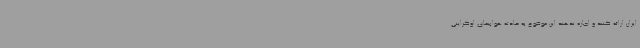
ایران ارائه کنند و اجازه ندهند این موضوع به حادثه هواپیمای اوکراینی